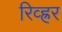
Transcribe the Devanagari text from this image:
रिव्ह्रर